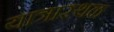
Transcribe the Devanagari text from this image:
यात्रास्थळ